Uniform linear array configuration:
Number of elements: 48
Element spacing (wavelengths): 0.5
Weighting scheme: kaiser
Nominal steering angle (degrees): -45
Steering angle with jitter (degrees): -46.628
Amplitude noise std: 0.05
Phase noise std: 0.05

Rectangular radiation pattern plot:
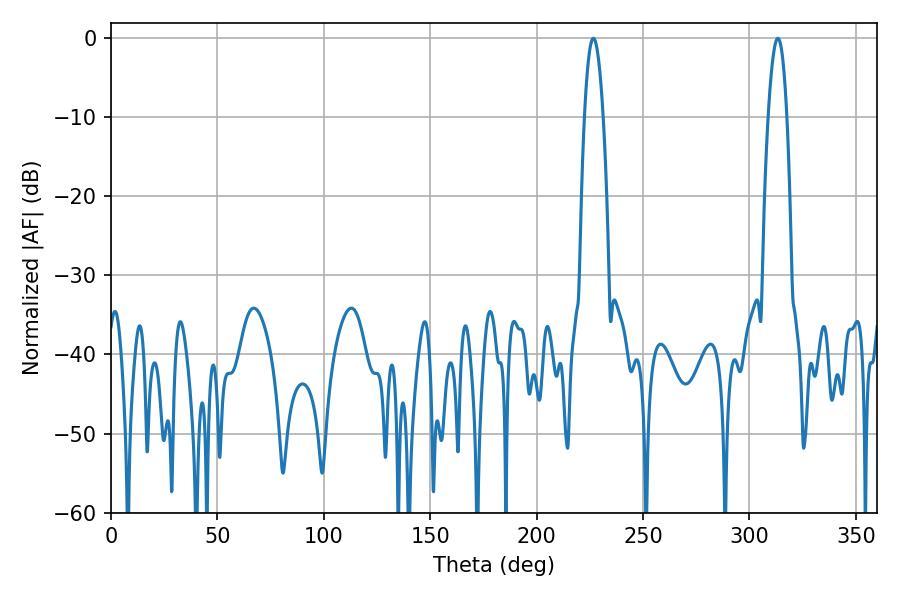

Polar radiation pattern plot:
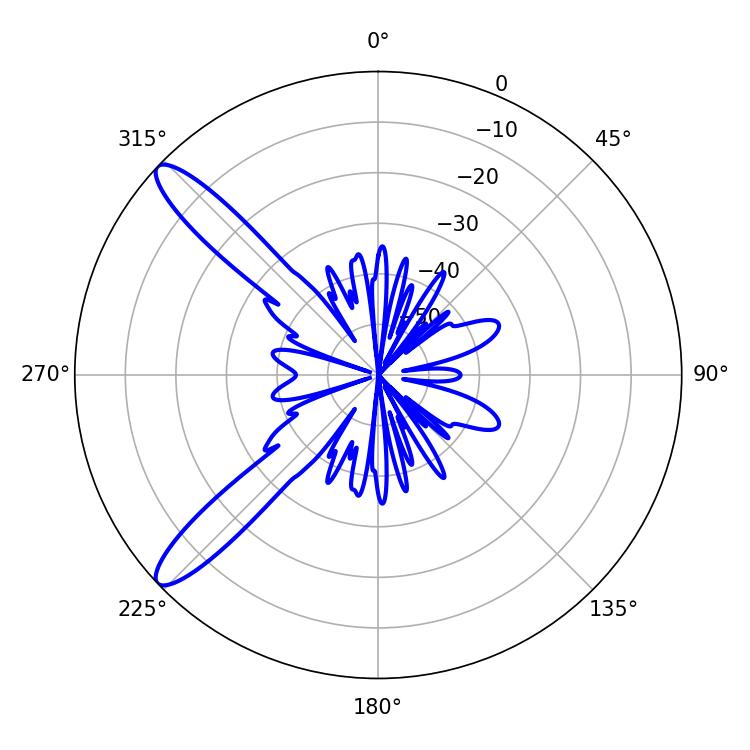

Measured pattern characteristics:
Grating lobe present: FALSE
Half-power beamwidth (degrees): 4.86
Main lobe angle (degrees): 226.62